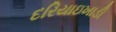
દરિયાઇખાડી